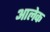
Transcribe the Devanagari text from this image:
आलेक